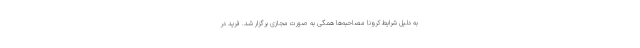
به دلیل شرایط کرونا مصاحبه‌ها همگی به صورت مجازی برگزار شد. فرید در